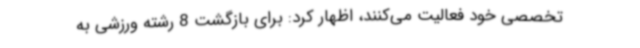
تخصصی خود فعالیت می‌کنند، اظهار کرد: برای بازگشت 8 رشته ورزشی به